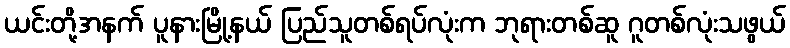
ယင်းတို့အနက် ပူနားမြို့နယ် ပြည်သူတစ်ရပ်လုံးက ဘုရားတစ်ဆူ ဂူတစ်လုံးသဖွယ်